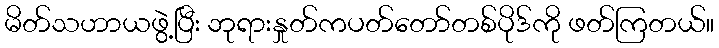
မိတ်သဟာယဖွဲ့ပြီး ဘုရားနှုတ်ကပတ်တော်တစ်ပိုဒ်ကို ဖတ်ကြတယ်။